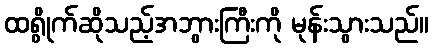
ထရွိုက်ဆိုသည့်အဘွားကြီးကို မုန်းသွားသည်။